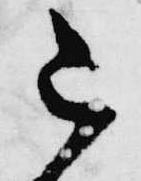
令